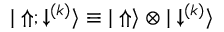
{ | \Uparrow ; \downarrow ^ { ( k ) } \rangle } \equiv { | \Uparrow \rangle \otimes | \downarrow ^ { ( k ) } \rangle }